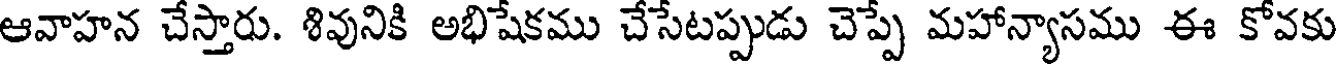
ఆవాహన చేస్తారు. శివునికి అభిషేకము చేసేటప్పుడు చెప్పే మహాన్యాసము ఈ కోవకు